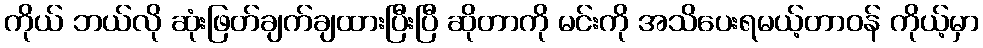
ကိုယ် ဘယ်လို ဆုံးဖြတ်ချက်ချထားပြီးပြီ ဆိုတာကို မင်းကို အသိပေးရမယ့်တာဝန် ကိုယ့်မှာ